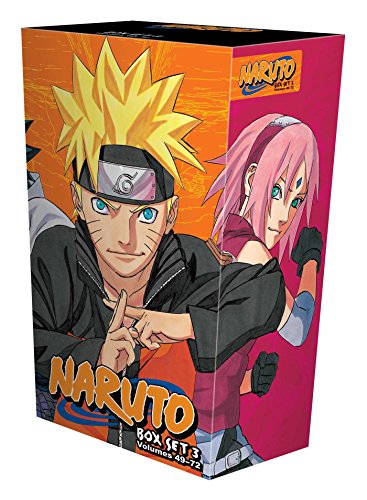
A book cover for Naruto Box Set 3: Volumes 49-72 with Premium; Masashi Kishimoto; Comics & Graphic Novels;